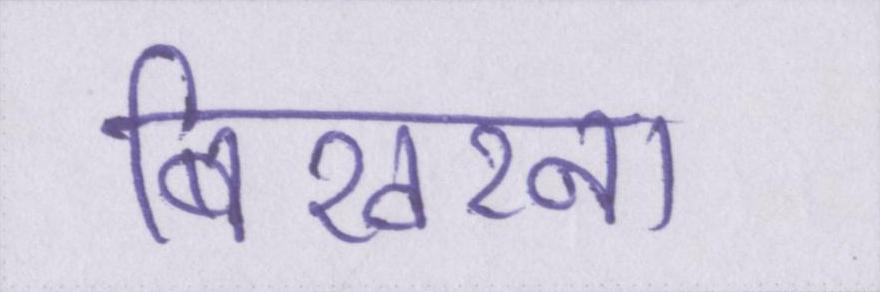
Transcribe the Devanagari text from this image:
बिखरना